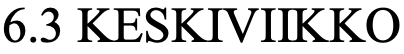
6.3 KESKIVIIKKO